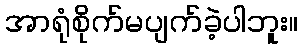
အာရုံစိုက်မပျက်ခဲ့ပါဘူး။